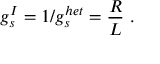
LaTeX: g _ { s } ^ { I } = 1 / g _ { s } ^ { h e t } = { \frac { R } { L } } \ .